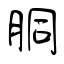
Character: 胴